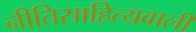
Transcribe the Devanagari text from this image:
नीतिसाहित्यवाली